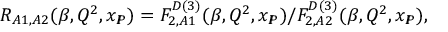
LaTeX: R _ { A 1 , A 2 } ( \beta , Q ^ { 2 } , x _ { I \! \! P } ) = F _ { 2 , A 1 } ^ { D ( 3 ) } ( \beta , Q ^ { 2 } , x _ { I \! \! P } ) / F _ { 2 , A 2 } ^ { D ( 3 ) } ( \beta , Q ^ { 2 } , x _ { I \! \! P } ) ,